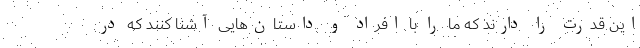
این قدرت را دارند که ما را با افراد و داستان‌هایی آشنا کنند که در